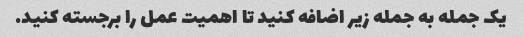
یک جمله به جمله زیر اضافه کنید تا اهمیت عمل را برجسته کنید.